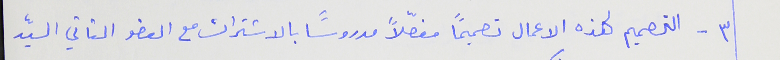
٣ - التصميم لهذه الاعمال تصميمًا مفصّلاً مدروساً بالاشتراك مع العضو الثاني السيّد